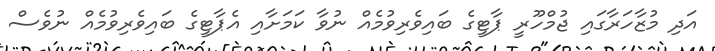
އަދި މުޒާހަރާގައި ޖުމްހޫރީ ޕާޓީގެ ބައިވެރިވުމެއް ނުވާ ކަމަށާއި އެޕާޓީގެ ބައިވެރިވުމެއް ނުވެސް